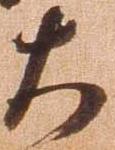
大